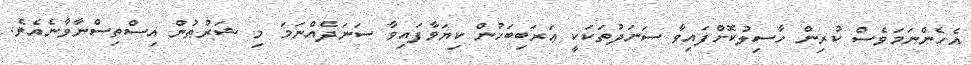
އެހެންނަމަވެސް ކުރިން ހާސިލުކޮށްފައިވާ ސަނަދުތަކަކީ ޢަރަބިބަހުން ކިޔަވާފައިވާ ސަނަދެއްނަމަ މި ޝަރުޠުން އިސްތިސްނާވާނެއެވެ.